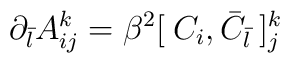
\partial_{\bar l} A_{ij}^{k} = \beta^2 [ \: C_i ,{\bar C}_{\bar l} \: ]_{j}^{k}